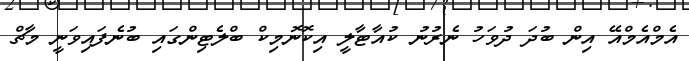
އެމްއެމްއޭ އިން ބުދަ ދުވަހު ނެރުނު ކުއާޓާލީ އިކޮނޮމިކް ބްލެޓިންގައި ބުނެފައިވަނީ މާޗް